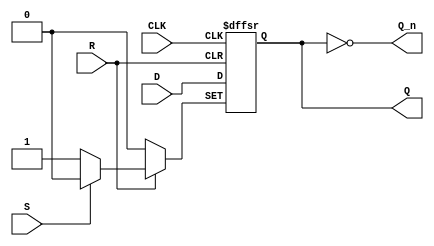
   
module ttl_74F74(input D,
		 input 	CLK,
		 input 	S,
		 input 	R,
		 output Q,
		 output Q_n);

   reg q = 0;
   
   always @(posedge CLK or negedge R or negedge S)
     begin
         if (~R)
           q <= 0;
         else if (~S)
           q <= 1;
         else
           q <= D;
     end

   assign Q = q;
   assign Q_n = ~q;
   
endmodule